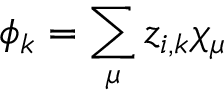
\phi _ { k } = \sum _ { \mu } z _ { i , k } \chi _ { \mu }